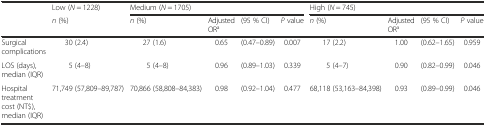
<table><thead><tr><td rowspan="2"></td><td><b>Low (<i>N</i> = 1228)</b></td><td colspan="4"><b>Medium (<i>N</i> = 1705)</b></td><td colspan="4"><b>High (<i>N</i> = 745)</b></td></tr><tr><td><b><i>n</i> (%)</b></td><td><b><i>n</i> (%)</b></td><td><b>Adjusted OR<sup>a</sup></b></td><td><b>(95 % CI)</b></td><td><b><i>P</i> value</b></td><td><b><i>n</i> (%)</b></td><td><b>Adjusted OR<sup>a</sup></b></td><td><b>(95 % CI)</b></td><td><b><i>P</i> value</b></td></tr></thead><tbody><tr><td>Surgical complications</td><td>30 (2.4)</td><td>27 (1.6)</td><td>0.65</td><td>(0.47–0.89)</td><td>0.007</td><td>17 (2.2)</td><td>1.00</td><td>(0.62–1.65)</td><td>0.959</td></tr><tr><td>LOS (days), median (IQR)</td><td>5 (4–8)</td><td>5 (4–8)</td><td>0.96</td><td>(0.89–1.03)</td><td>0.339</td><td>5 (4–7)</td><td>0.90</td><td>(0.82–0.99)</td><td>0.046</td></tr><tr><td>Hospital treatment cost (NT$), median (IQR)</td><td>71,749 (57,809–89,787)</td><td>70,866 (58,808–84,383)</td><td>0.98</td><td>(0.92–1.04)</td><td>0.477</td><td>68,118 (53,163–84,398)</td><td>0.93</td><td>(0.89–0.99)</td><td>0.046</td></tr></tbody></table>